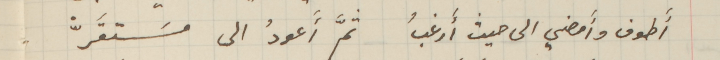
أَطوف وأَمضي الى حيث أَرغبُ ثمَّ أَعودُ الى مسَتقَرّْ